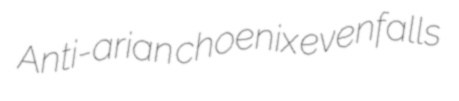
Anti-arian choenix evenfalls